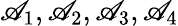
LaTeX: \mathscr{A}_{1},\mathscr{A}_{2},\mathscr{A}_{3},\mathscr{A}_{4}